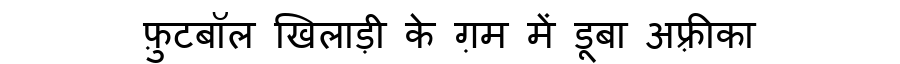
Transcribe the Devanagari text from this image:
फ़ुटबॉल खिलाड़ी के ग़म में डूबा अफ़्रीका